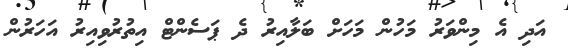
އަދި އެ މިންވަރު މަހުން މަހަށް ބަލާއިރު ދެ ޕަސެންޓް އިތުރުވިއިރު އަހަރުން